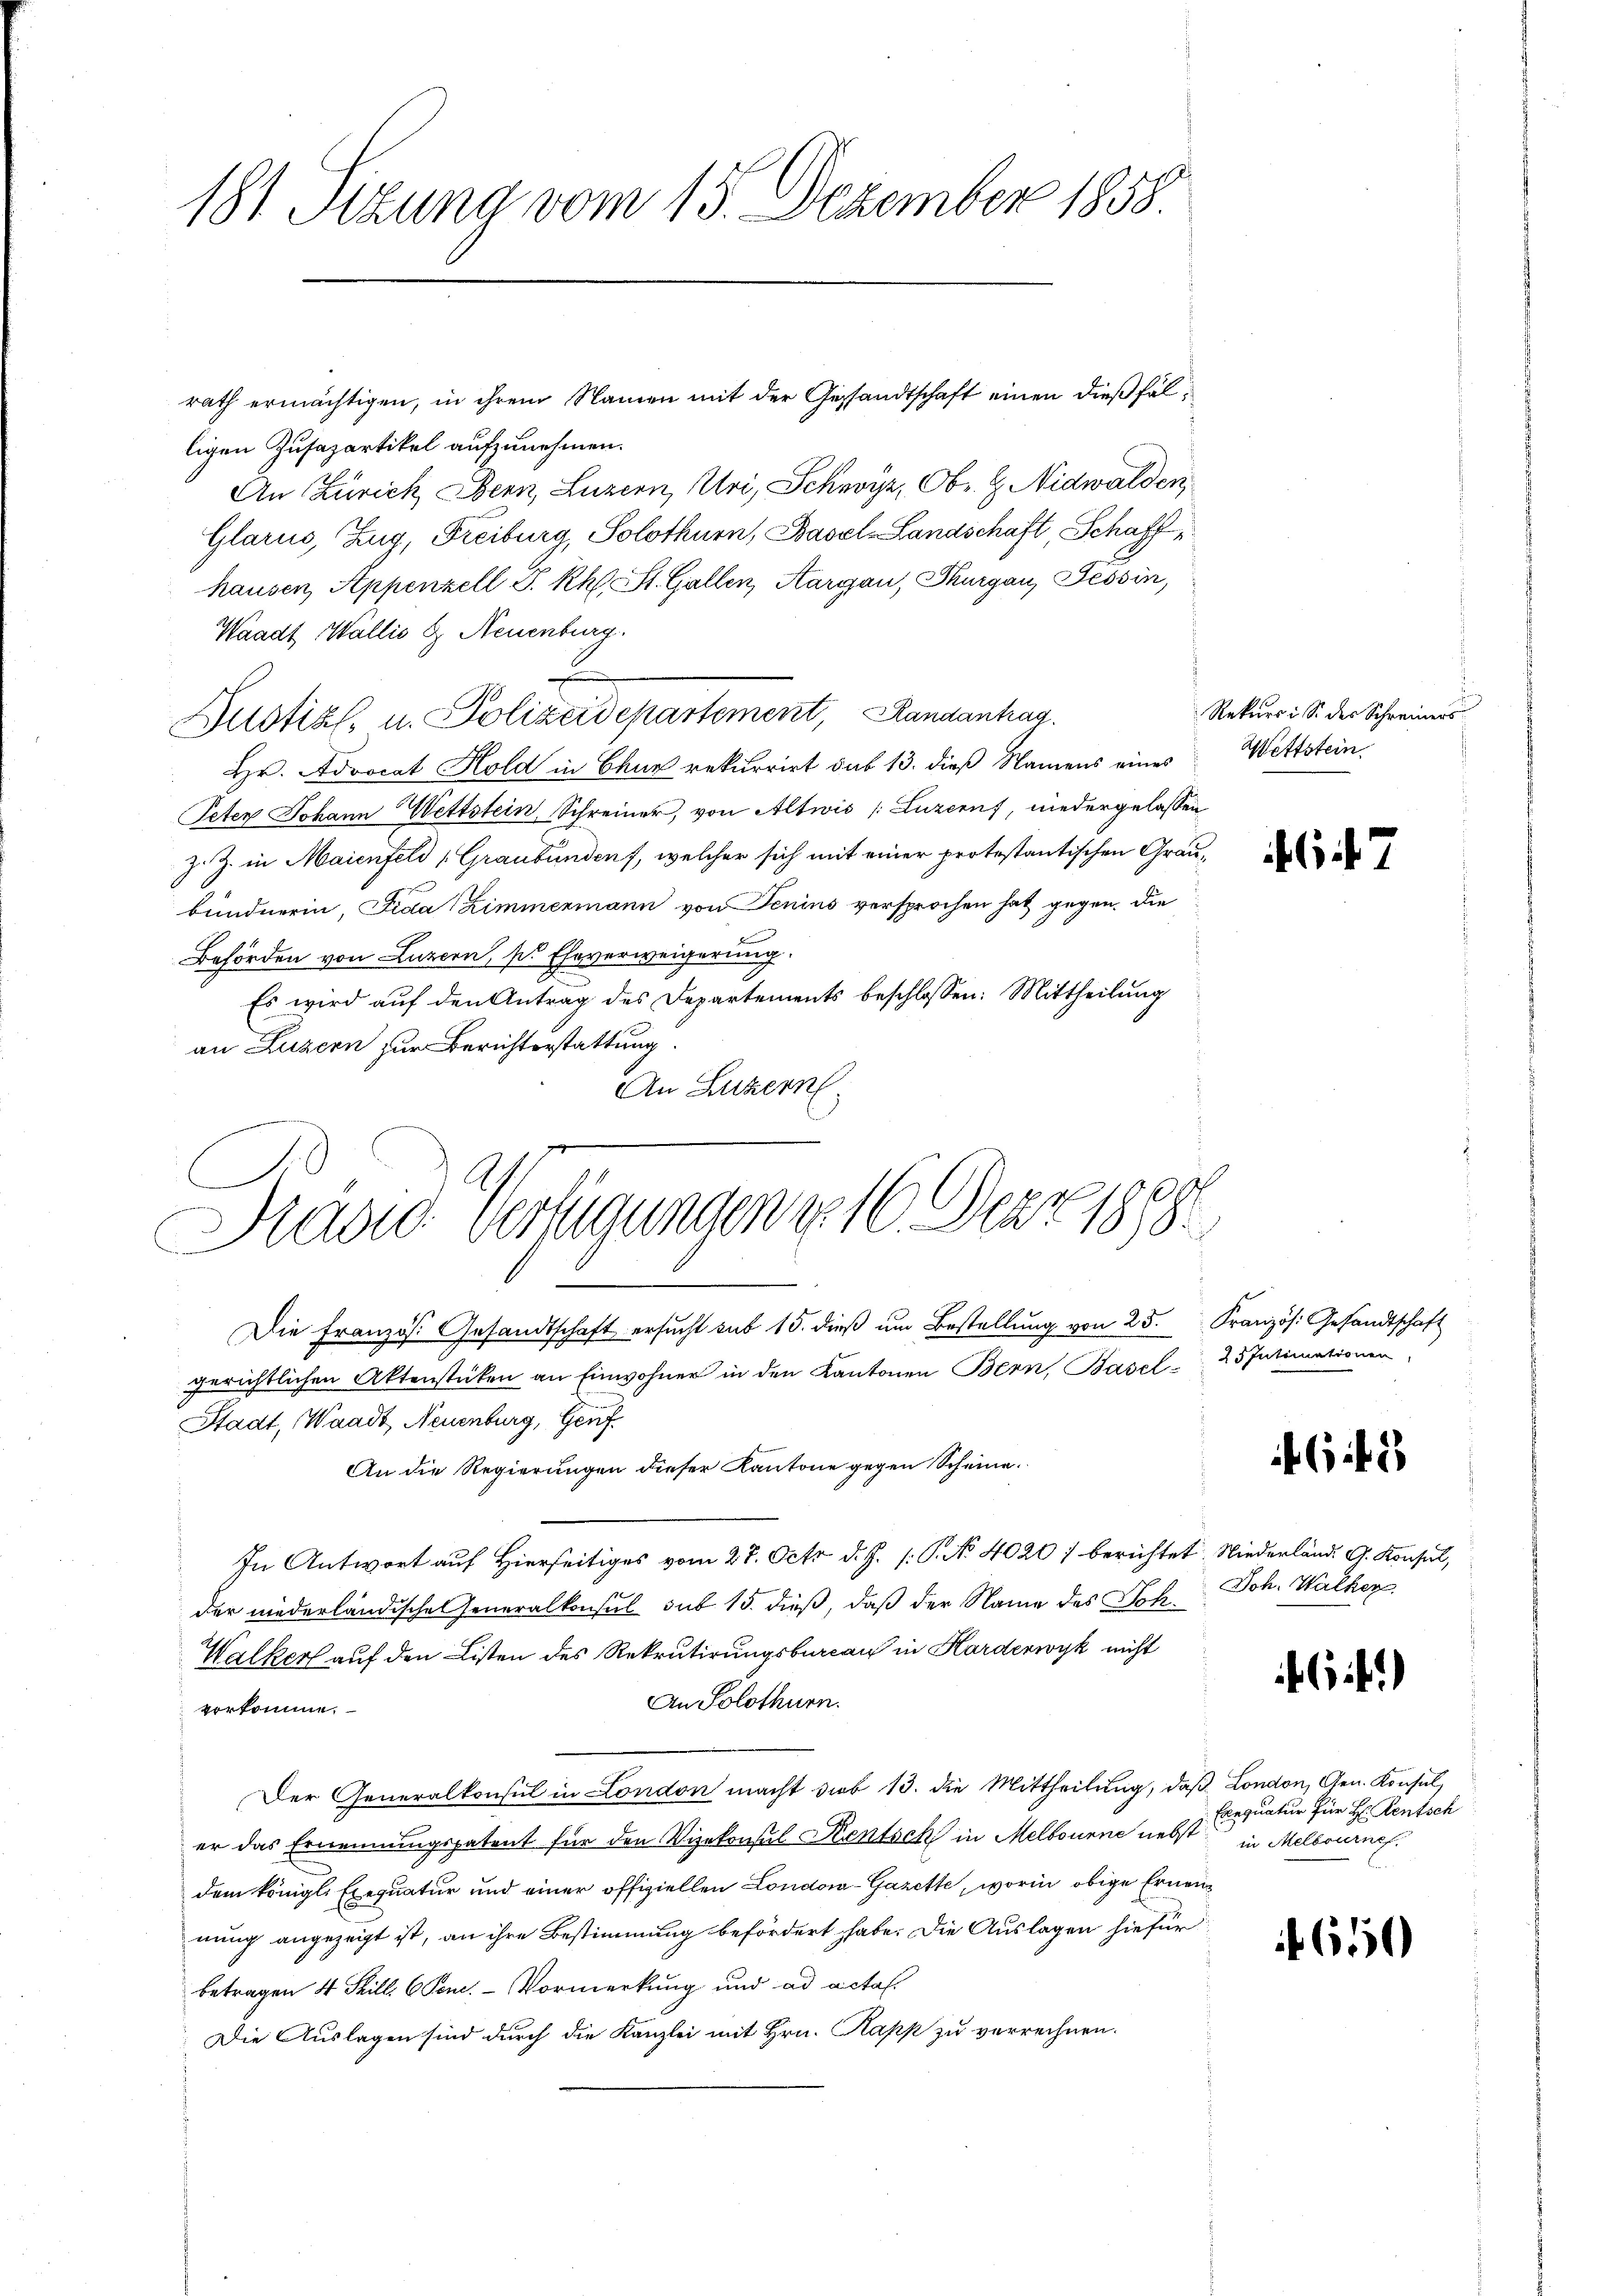
181 Sizung vom 15. Dezember 1858.

rath ermächtigen, in ihrem Namen mit der Gestandtschaft einen dießfälligen Zusapartikel aufzunehmen.
An Zürich Bern, Luzern, Uri, Schwyz, Obr. l. Nidwalden,
Glarus, Zug, Freiburg, Solothurn, Basel-Landschaft Schaff
hausen, Appenzell S. Rh. St. Gallen, Aargau, Thurgau, Tessin,
Waadt Wallis & Neuenburg.
Zustiz- u. Polizeidepartement, Randantrag
Hr. Advocat Hold in Chur rekurrirt sub 13. dieß Namens eines
Peten Johann Wettstein Schreiner, von Altwis (Luzern, niedergelassen
z. Z. in Maienfeld (Graubünden, welcher sich mit einer protestantischen Graubundnerin, Fida Zimmermann von Jenins versprochen hat gegen, die
Behörden von Luzern, pr Eheverweigerung.
Es wird auf den Antrag des Departements beschlossen: Mittheilung
an Luzern zur Berichterstattung
An Luzern
Die Französ. Gesandtschaft ersŭcht sub 15. dieβ ŭm Bestellŭng von 25. Französ. Gesandtschaft
gerichtlichen Aktenstücken an Einwohner in den Kantonen Bern, Basel 25 Intimationen
Stadt, Waadt, Neuenburg, Genf
An die Regierungen dieser Kantone gegen Scheine.
In Antwort auf Hierseitiges vom 27. Octo d. J. (: P. No 4020 / berichtet. Niederländ. G. Konsul,
der niederländische Generalkonsul sub 15. dieß, daß der Name des Joh¬
Walker auf den Listen des Rekrutirungsbureau in Harderwyk nicht
An Solothurn.
vorkomme.
Der Generalkonsul in London macht dies 13. die Mittheilŭng, daβ London, Gen. Konsul
er das Ernennungspatent für den Vizekonseil Kentsch in Melbourne nebst in Melbourne
dem königl. Exequatur und einer offiziellen Londo-Gazette, worin obige Ernennung angezeigt ist, an ihre Bestimmung befördert habe. Die Auslagen hiefür
betragen 4 Still 6 Pom. - Vormerkung und ad actal.
Die Auslagen sind durch die Kanzlei mit Hrn. Kapp zu verrechnen.

Pravid Verfügungen in 16. Der 1898
.

Rekurs i. Si der Schreiners
Wettstein

6

6148

Joh. Walker.

64.)

Exequatur für H: Rentsch

650